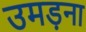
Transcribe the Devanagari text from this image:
उमड़ना